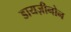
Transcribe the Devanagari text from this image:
डायज़ीनोन